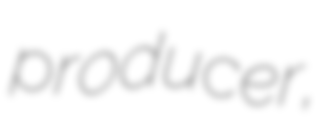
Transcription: producer,